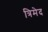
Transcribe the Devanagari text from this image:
त्रिमेद